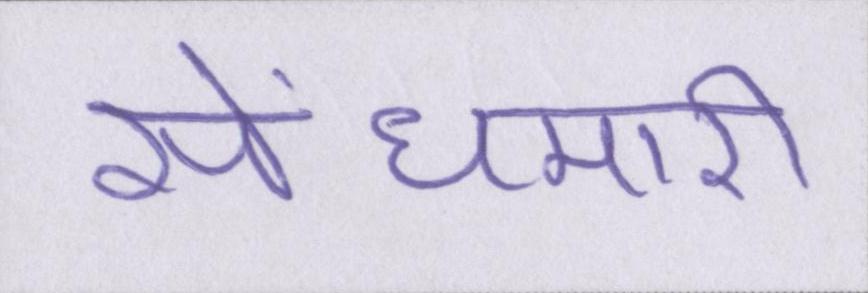
सेंधमारी